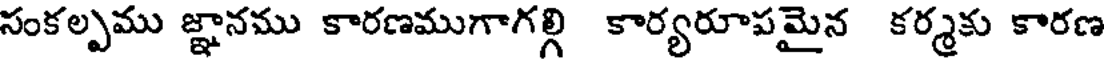
సంకల్పము జ్ఞానము కారణముగాగల్గి కార్యరూపమైన కర్మకు కారణ